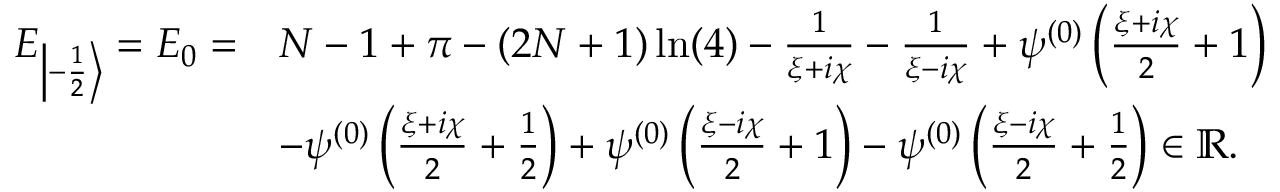
\begin{array} { r l } { E _ { \left| - \frac 1 2 \right\rangle } = E _ { 0 } = } & { N - 1 + \pi - ( 2 N + 1 ) \ln ( 4 ) - \frac { 1 } { \xi + i \chi } - \frac { 1 } { \xi - i \chi } + \psi ^ { ( 0 ) } \left( \frac { \xi + i \chi } { 2 } + 1 \right) } \\ & { - \psi ^ { ( 0 ) } \left( \frac { \xi + i \chi } { 2 } + \frac { 1 } { 2 } \right) + \psi ^ { ( 0 ) } \left( \frac { \xi - i \chi } { 2 } + 1 \right) - \psi ^ { ( 0 ) } \left( \frac { \xi - i \chi } { 2 } + \frac { 1 } { 2 } \right) \in \mathbb { R } . } \end{array}